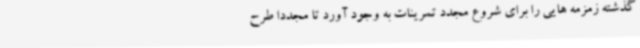
گذشته زمزمه هایی را برای شروع مجدد تمرینات به وجود آورد تا مجددا طرح